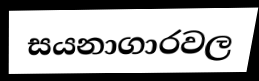
සයනාගාරවල